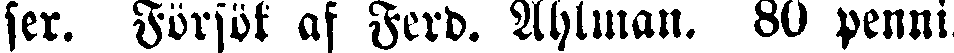
ser. Försök af Ferd. Ahlman. 80 penni.